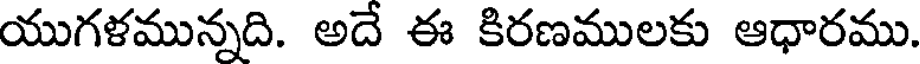
యుగళమున్నది. అదే ఈ కిరణములకు ఆధారము.